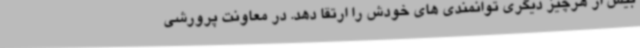
بیش از هرچیز دیگری توانمندی های خودش را ارتقا دهد. در معاونت پرورشی